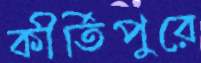
কীর্তিপুরে